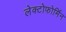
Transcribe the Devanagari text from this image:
लेक्टोफोर्मिन